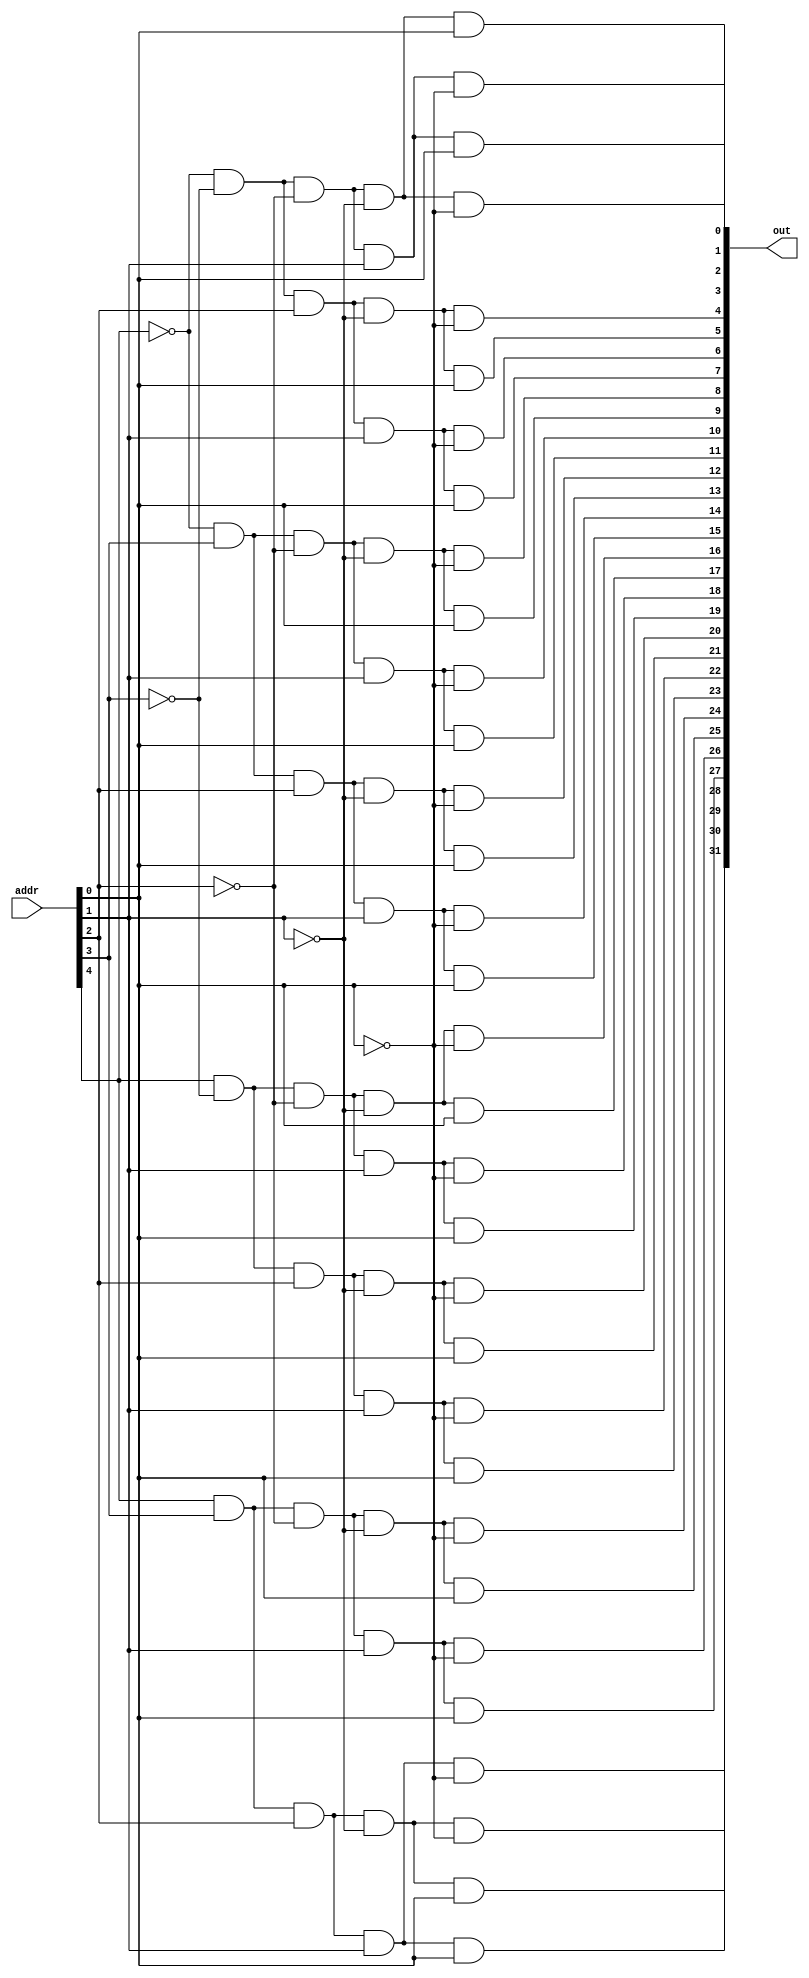
module decoder5to32(out, addr);

    input [4:0] addr; 
    output [31:0] out;
    wire not1, not2, not3, not4, not5;

    not n1(not5, addr[0]);
    not n2(not4, addr[1]);
    not n3(not3, addr[2]);
    not n4(not2, addr[3]);
    not n5(not1, addr[4]);

    and and1(out[0], not1, not2, not3, not4, not5);
    and and2(out[1], not1, not2, not3, not4, addr[0]);
    and and3(out[2], not1, not2, not3, addr[1], not5);
    and and4(out[3], not1, not2, not3, addr[1], addr[0]);
    and and5(out[4], not1, not2, addr[2], not4, not5);
    and and6(out[5], not1, not2, addr[2], not4, addr[0]);
    and and7(out[6], not1, not2, addr[2], addr[1], not5);
    and and8(out[7], not1, not2, addr[2], addr[1], addr[0]);
    and and9(out[8], not1, addr[3], not3, not4, not5);
    and and10(out[9], not1, addr[3], not3, not4, addr[0]);
    and and11(out[10], not1, addr[3], not3, addr[1], not5);
    and and12(out[11], not1, addr[3], not3, addr[1], addr[0]);
    and and13(out[12], not1, addr[3], addr[2], not4, not5);
    and and14(out[13], not1, addr[3], addr[2], not4, addr[0]);
    and and15(out[14], not1, addr[3], addr[2], addr[1], not5);
    and and16(out[15], not1, addr[3], addr[2], addr[1], addr[0]);
    and and17(out[16], addr[4], not2, not3, not4, not5);
    and and18(out[17], addr[4], not2, not3, not4, addr[0]);
    and and19(out[18], addr[4], not2, not3, addr[1], not5);
    and and20(out[19], addr[4], not2, not3, addr[1], addr[0]);
    and and21(out[20], addr[4], not2, addr[2], not4, not5);
    and and22(out[21], addr[4], not2, addr[2], not4, addr[0]);
    and and23(out[22], addr[4], not2, addr[2], addr[1], not5);
    and and24(out[23], addr[4], not2, addr[2], addr[1], addr[0]);
    and and25(out[24], addr[4], addr[3], not3, not4, not5);
    and and26(out[25], addr[4], addr[3], not3, not4, addr[0]);
    and and27(out[26], addr[4], addr[3], not3, addr[1], not5);
    and and28(out[27], addr[4], addr[3], not3, addr[1], addr[0]);
    and and29(out[28], addr[4], addr[3], addr[2], not4, not5);
    and and30(out[29], addr[4], addr[3], addr[2], not4, addr[0]);
    and and31(out[30], addr[4], addr[3], addr[2], addr[1], not5);
    and and32(out[31], addr[4], addr[3], addr[2], addr[1], addr[0]);

endmodule